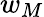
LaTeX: w_{M}